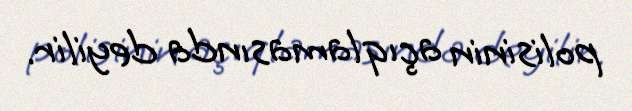
polisinin açıqlamasında deyilir.